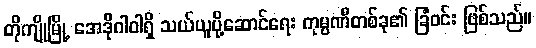
တိုကျိုမြို့ အေဒိုဂါဝါရှိ သယ်ယူပို့ဆောင်ရေး ကုမ္ပဏီတစ်ခု၏ ခြံဝင်း ဖြစ်သည်။